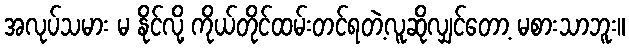
အလုပ်သမား မ နိုင်လို့ ကိုယ်တိုင်ထမ်းတင်ရတဲ့လူဆိုလျှင်တော့ မစားသာဘူး။